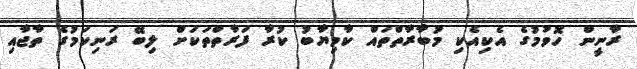
ރާނީން ހޮވުމުގެ އެކިއެކި މުބާރާތްތައް ކާމިޔާބު ކުރާ ފަރާތްތަކަށް ލިބޭ ރަނިކަމުގެ ތާޖާއި